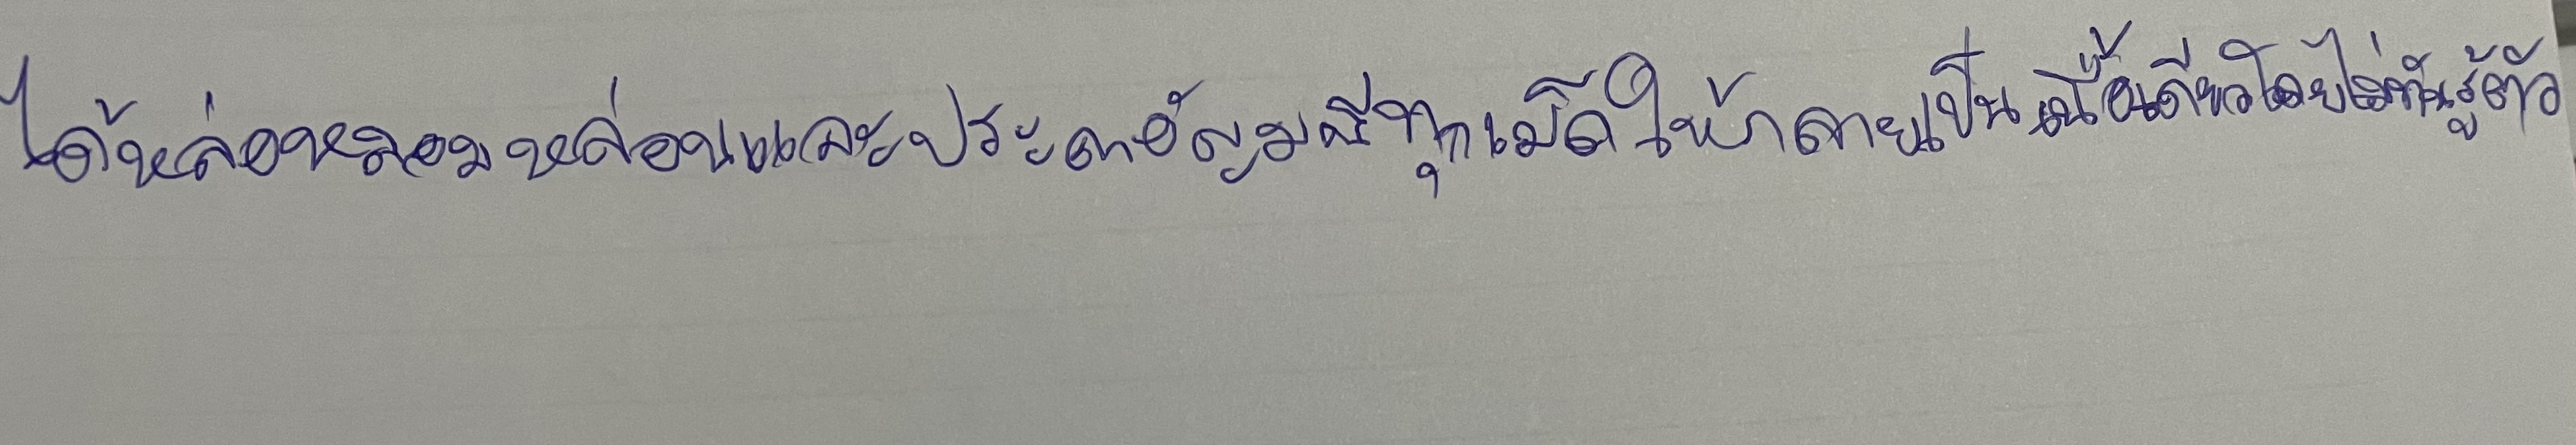
ได้หล่อหลอมหล่อนและประดาอัญมณีทุกเม็ดให้กลายเป็นเนื้อเดียวโดยไม่ทันรู้ตัว